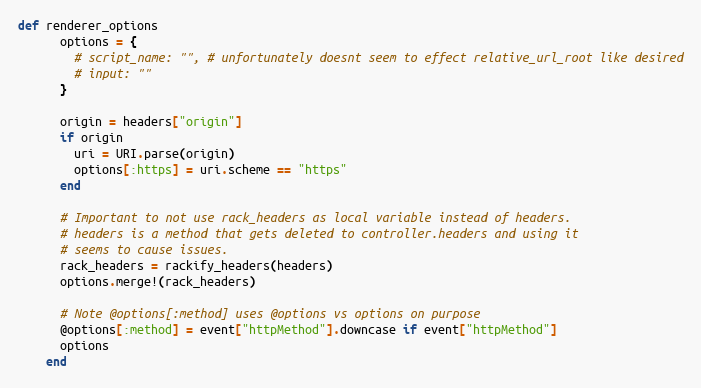
Language: Ruby
def renderer_options
      options = {
        # script_name: "", # unfortunately doesnt seem to effect relative_url_root like desired
        # input: ""
      }

      origin = headers["origin"]
      if origin
        uri = URI.parse(origin)
        options[:https] = uri.scheme == "https"
      end

      # Important to not use rack_headers as local variable instead of headers.
      # headers is a method that gets deleted to controller.headers and using it
      # seems to cause issues.
      rack_headers = rackify_headers(headers)
      options.merge!(rack_headers)

      # Note @options[:method] uses @options vs options on purpose
      @options[:method] = event["httpMethod"].downcase if event["httpMethod"]
      options
    end